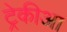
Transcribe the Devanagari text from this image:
ट्रेकीआ